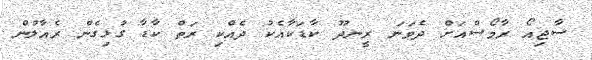
ސާޖިއޯ ރާމޯސްއަށް ދެވަނަ ރީނދޫ ކާޑަކާއެކު ދެއްކި ރަތް ކާޑާ ގުޅިގެން ރެއާލުން